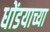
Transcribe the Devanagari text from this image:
धोंडयाच्या